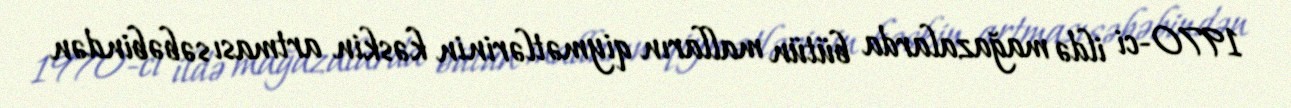
1970-ci ildə mağazalarda bütün malların qiymətlərinin kəskin artması səbəbindən